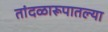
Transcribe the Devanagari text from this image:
तांदळारूपातल्या